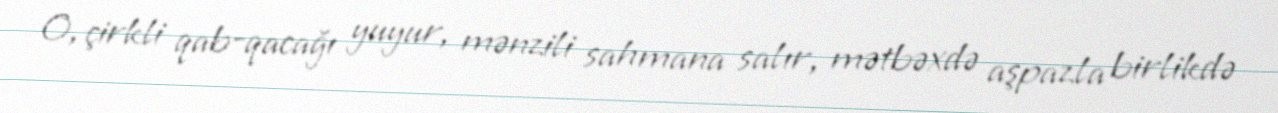
O, çirkli qab-qacağı yuyur, mənzili sahmana salır, mətbəxdə aşpazla birlikdə